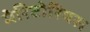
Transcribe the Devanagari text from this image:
मेरिटोरियस